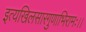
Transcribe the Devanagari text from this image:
इत्यखिलसारगुणाभिरामः।।